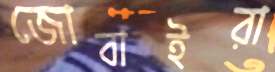
জোবাইরা